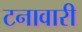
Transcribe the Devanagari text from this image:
टनावारी